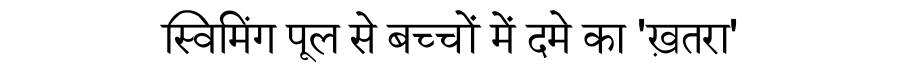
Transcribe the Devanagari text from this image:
स्विमिंग पूल से बच्चों में दमे का 'ख़तरा'